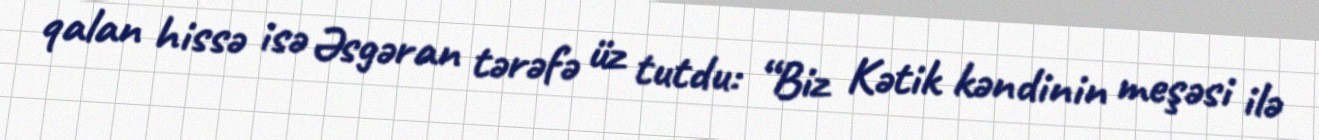
qalan hissə isə Əsgəran tərəfə üz tutdu: “Biz Kətik kəndinin meşəsi ilə